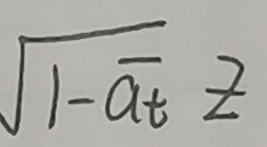
$\sqrt{1 - a_t} z$